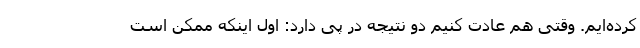
کرده‌ایم. وقتی هم عادت کنیم دو نتیجه در پی دارد: اول اینکه ممکن است